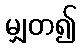
မျှတ၍